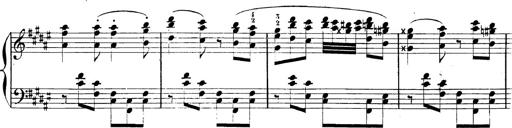
Title: AnnÃ©es de pÃ¨lerinage II, SupplÃ©ment
Composer: Franz Liszt